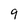
Character: 9